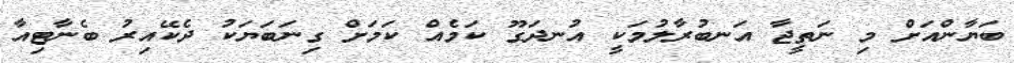
ބަޔާންއަށް މި ނަތީޖާ އަނބުރާލުމަކީ އުނދަގޫ ކަމެއް ކަމަށް ގިނަބަޔަކު ދެކޭއިރު ބެނާޓިއާ